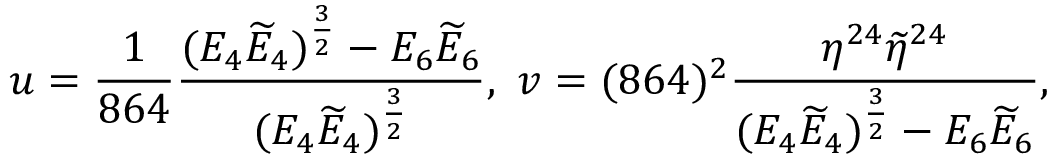
u = \frac { 1 } { 8 6 4 } \frac { ( E _ { 4 } \widetilde { E } _ { 4 } ) ^ { \frac { 3 } { 2 } } - E _ { 6 } \widetilde { E } _ { 6 } } { ( E _ { 4 } \widetilde { E } _ { 4 } ) ^ { \frac { 3 } { 2 } } } , \, \, v = ( 8 6 4 ) ^ { 2 } \frac { \eta ^ { 2 4 } \widetilde { \eta } ^ { 2 4 } } { ( E _ { 4 } \widetilde { E } _ { 4 } ) ^ { \frac { 3 } { 2 } } - E _ { 6 } \widetilde { E } _ { 6 } } ,